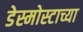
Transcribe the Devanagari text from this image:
डेस्मोस्टाच्या